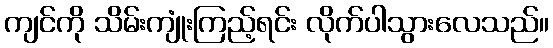
ကျင်ကို သိမ်းကျုံးကြည့်ရင်း လိုက်ပါသွားလေသည်။